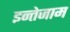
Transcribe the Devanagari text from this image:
इन्तेजाम